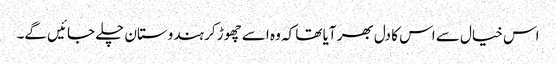
اس خیال سے اس کا دل بھر آیا تھا کہ وہ اسے چھوڑ کر ہندوستان چلے جائیں گے۔